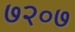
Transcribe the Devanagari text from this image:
७२०७